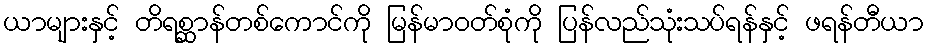
ယာများနှင့် တိရစ္ဆာန်တစ်ကောင်ကို မြန်မာဝတ်စုံကို ပြန်လည်သုံးသပ်ရန်နှင့် ဖရန်တီယာ